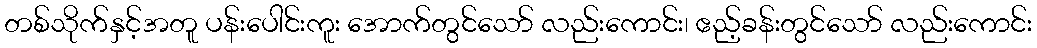
တစ်သိုက်နှင့်အတူ ပန်းပေါင်းကူး အောက်တွင်သော် လည်းကောင်း၊ ဧည့်ခန်းတွင်သော် လည်းကောင်း